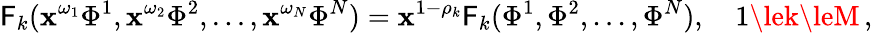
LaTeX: \mathsf{F}_{k}(\mathbf{x}^{\omega_{1}}\Phi^{1},\mathbf{x}^{\omega_{2}}\Phi^{2},...,\mathbf{x}^{\omega_{N}}\Phi^{N})=\mathbf{x}^{1-\rho_{k}}\mathsf{F}_{k}(\Phi^{1},\Phi^{2},...,\Phi^{N}),\quad1\lek\leM\, ,